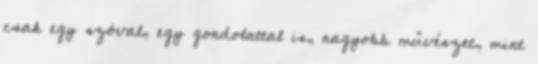
csak egy szóval, egy gondolattal is, nagyobb művészet, mint